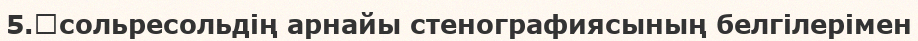
5.	сольресольдің арнайы стенографиясының белгілерімен